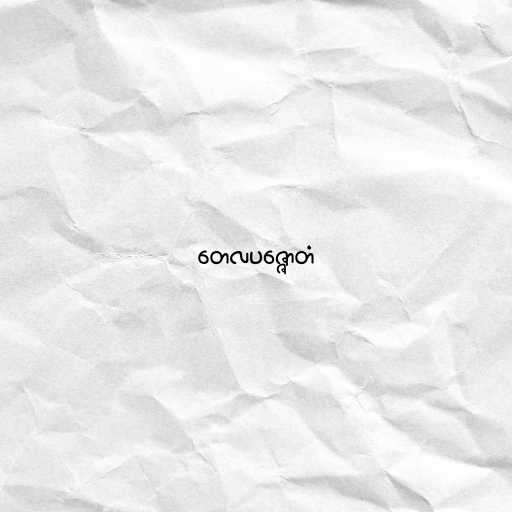
တေလပဇ္ဇောတံ